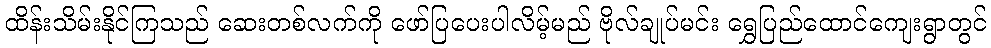
ထိန်းသိမ်းနိုင်ကြသည် ဆေးတစ်လက်ကို ဖော်ပြပေးပါလိမ့်မည် ဗိုလ်ချုပ်မင်း ရွှေပြည်ထောင်ကျေးရွာတွင်